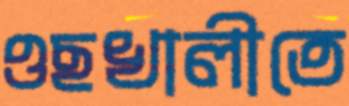
ওছখালীতে